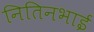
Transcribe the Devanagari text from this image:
नितिनभाई